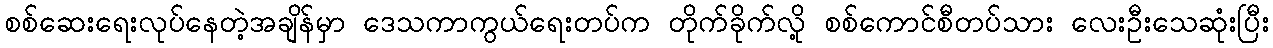
စစ်ဆေးရေးလုပ်နေတဲ့အချိန်မှာ ဒေသကာကွယ်ရေးတပ်က တိုက်ခိုက်လို့ စစ်ကောင်စီတပ်သား လေးဦးသေဆုံးပြီး